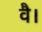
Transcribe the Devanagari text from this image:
वै।